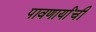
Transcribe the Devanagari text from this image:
पावणार्यांची